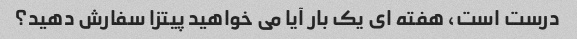
درست است، هفته ای یک بار آیا می خواهید پیتزا سفارش دهید؟